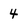
Character: 4